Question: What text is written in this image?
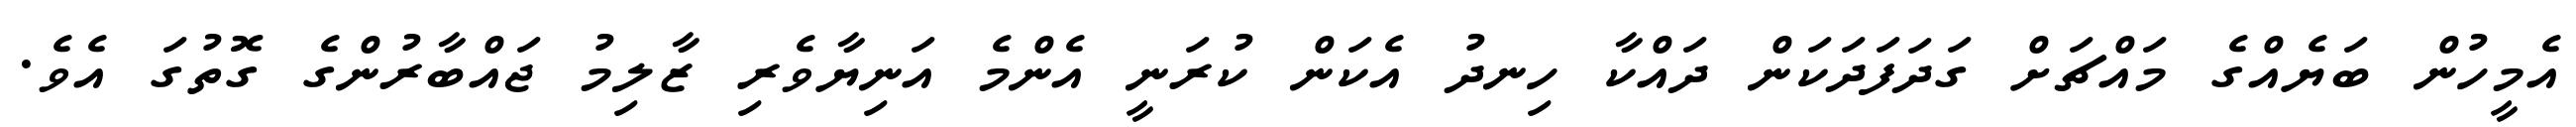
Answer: އެމީހުން ބަޔެއްގެ މައްޗަށް ގަދަފަދަކަން ދައްކާ ހިނދު އެކަން ކުރަނީ އެންމެ އަނިޔާވެރި ޒާލިމު ޖައްބާރުންގެ ގޮތުގަ އެވެ.